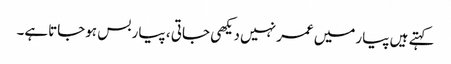
کہتے ہیں پیارمیں عمر نہیں دیکھی جاتی ، پیار بس ہوجاتاہے۔